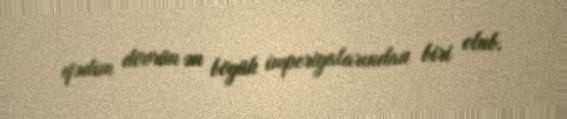
qədim dövrün ən böyük imperiyalarından biri olub.